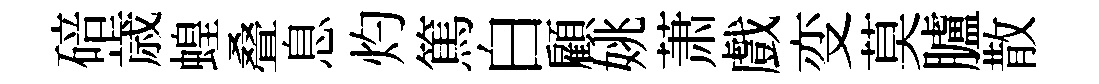
碚歳蝗叠息灼篤白顧姚萧戲变莫臚散